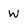
Character: W